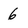
Character: 6